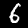
Digit: 6